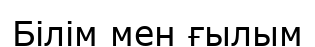
Білім мен ғылым